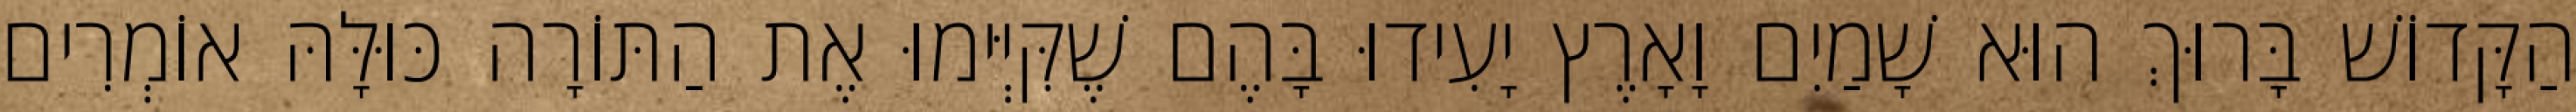
הַקָּדוֹשׁ בָּרוּךְ הוּא שָׁמַיִם וָאָרֶץ יָעִידוּ בָּהֶם שֶׁקִּיְּימוּ אֶת הַתּוֹרָה כּוּלָּהּ אוֹמְרִים